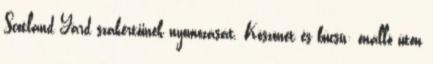
Scotland Yard szakértőinek nyomozását. Köszönet és búcsú: önálló úton